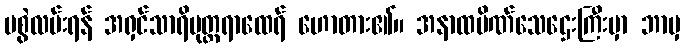
မစွဲလမ်းရန် အရှင်သာရိပုတ္တရာထေရ် ဟောတား၏။ အနာထပိဏ်သေဌေးကြီးမှာ ဘာမှ